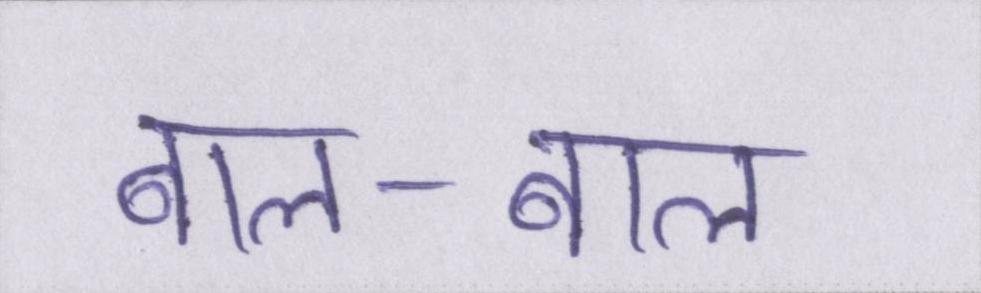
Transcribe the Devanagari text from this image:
बाल-बाल